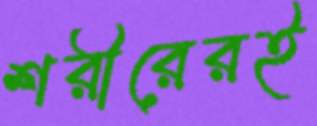
শরীরেরই